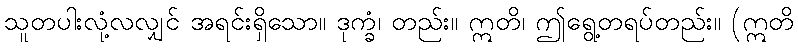
သူတပါးလုံ့လလျှင် အရင်းရှိသော။ ဒုက္ခံ၊ တည်း။ ဣတိ၊ ဤရွေ့တရပ်တည်း။ (ဣတိ